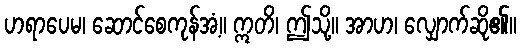
ဟရာပေမ၊ ဆောင်စေကုန်အံ့။ ဣတိ၊ ဤသို့။ အာဟ၊ လျှောက်ဆို၏။